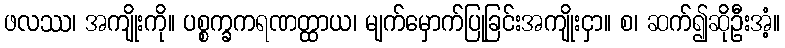
ဖလဿ၊ အကျိုးကို။ ပစ္စက္ခကရဏတ္ထာယ၊ မျက်မှောက်ပြုခြင်းအကျိုးငှာ။ စ၊ ဆက်၍ဆိုဦးအံ့။